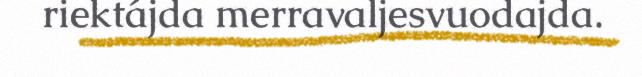
riektájda merravaljesvuodajda.